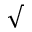
\surd